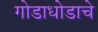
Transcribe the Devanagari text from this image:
गोडाधोडाचे